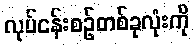
လုပ်ငန်းစဉ်တစ်ခုလုံးကို